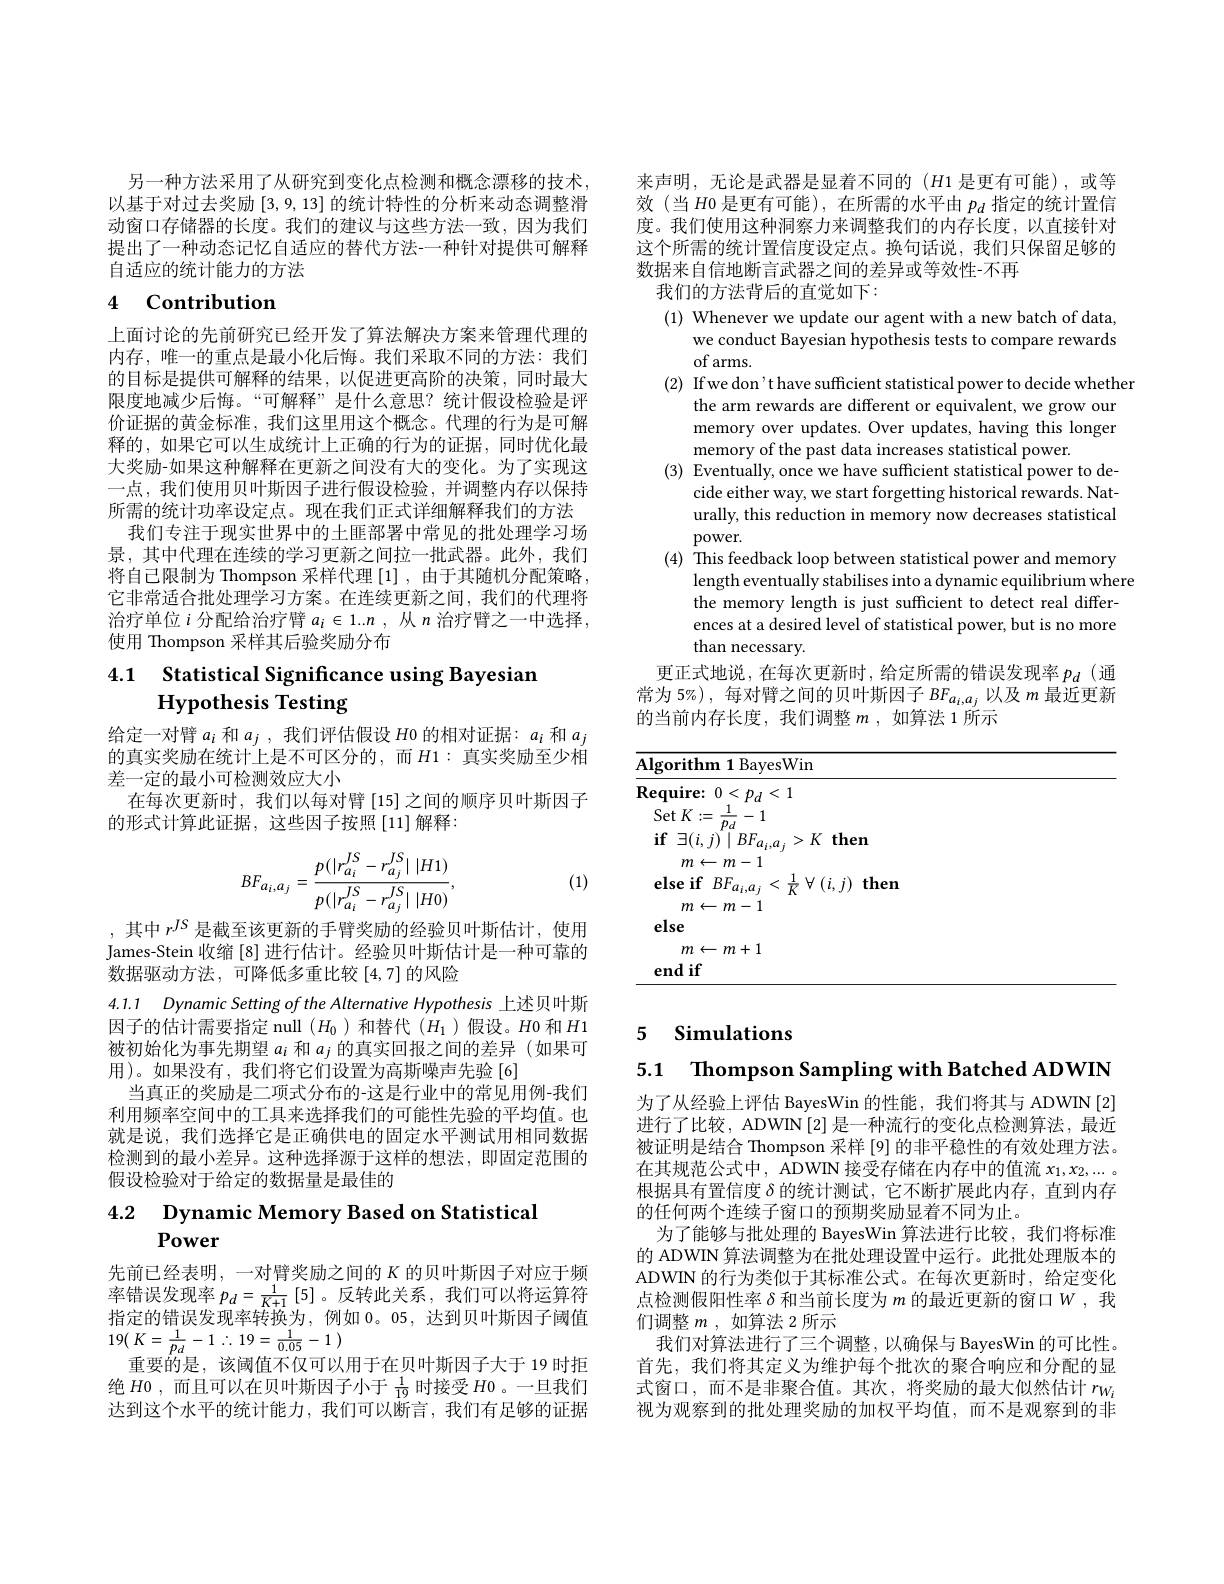
另一种方法采用了从研究到变化点检测和概念漂移的技术， 以基于对过去奖励[3,9,13]的统计特性的分析来动态调整滑动窗口存储器的长度。我们的建议与这些方法一致，因为我们提出了一种动态记忆自适应的替代方法-一种针对提供可解释自适应的统计能力的方法

# 4 Contribution

上面讨论的先前研究已经开发了算法解决方案来管理代理的内存，唯一的重点是最小化后悔。我们采取不同的方法：我们的目标是提供可解释的结果，以促进更高阶的决策，同时最大限度地减少后悔。“可解释”是什么意思？统计假设检验是评价证据的黄金标准，我们这里用这个概念。代理的行为是可解释的，如果它可以生成统计上正确的行为的证据，同时优化最大奖励-如果这种解释在更新之间没有大的变化。为了实现这一点，我们使用贝叶斯因子进行假设检验，并调整内存以保持所需的统计功率设定点。现在我们正式详细解释我们的方法
我们专注于现实世界中的土匪部署中常见的批处理学习场景，其中代理在连续的学习更新之间拉一批武器。此外，我们将自己限制为 Thompson 采样代理[1],由于其随机分配策略， 它非常适合批处理学习方案。在连续更新之间，我们的代理将治疗单位$i$分配给治疗臂$a_i\in 1. . n$ , 从 $n$治疗臂之一中选择， 使用 Thompson 采样其后验奖励分布

# 4.1 Statistical Significance using Bayesian Hypothesis Testing

给定一对臂$a_i$和$a_j$,我们评估假设$H$0 的相对证据：$a_i$和$a_j$ 的真实奖励在统计上是不可区分的，而$H1:$真实奖励至少相差一定的最小可检测效应大小
在每次更新时，我们以每对臂[15]之间的顺序贝叶斯因子
的形式计算此证据，这些因子按照[11]解释：
$$BF_{a_i,a_j}=\frac{p(|r_{a_i}^{JS}-r_{a_j}^{JS}|\:|H1)}{p(|r_{a_i}^{JS}-r_{a_j}^{JS}|\:|H0)},$$
(1)

,其中$r^{JS}$是截至该更新的手臂奖励的经验贝叶斯估计，使用James-Stein 收缩 [8] 进行估计。经验贝叶斯估计是一种可靠的数据驱动方法，可降低多重比较[4,7]的风险

4.1.1 Dynamic Setting of the Alternative Hypothesis 上述贝叶斯因子的估计需要指定 null $(H_0)$和替代$(H_1)$假设。$H$0 和$H$1

被初始化为事先期望$a_i$和$a_j$的真实回报之间的差异 (如果可
用)。如果没有，我们将它们设置为高斯噪声先验[6]
当真正的奖励是二项式分布的-这是行业中的常见用例-我们利用频率空间中的工具来选择我们的可能性先验的平均值。也就是说，我们选择它是正确供电的固定水平测试用相同数据检测到的最小差异。这种选择源于这样的想法，即固定范围的假设检验对于给定的数据量是最佳的

# $\begin{array}{cc}{4.2}&{\textbf{Dynamic Memory Based on Statistical}}\\{\textbf{Power}}\end{array}$

先前已经表明，一对臂奖励之间的$K$ 的贝叶斯因子对应于频率错误发现率$p_d=\frac1{K+1}\left[5\right]$。反转此关系，我们可以将运算符指定的错误发现率转换为，例如0。05,达到贝叶斯因子阈值19( $K= \frac 1{p_{d}}- 1$ $\therefore$ $19= \frac 1{0. 05}- 1$ )
重要的是，该阈值不仅可以用于在贝叶斯因子大于 19 时拒绝$H$0,而且可以在贝叶斯因子小于$\frac1{19}$时接受$H$0 。一旦我们达到这个水平的统计能力，我们可以断言，我们有足够的证据

来声明，无论是武器是显着不同的($H$1 是更有可能),或等效(当$H$0 是更有可能),在所需的水平由 $p_d$ 指定的统计置信度。我们使用这种洞察力来调整我们的内存长度，以直接针对这个所需的统计置信度设定点。换句话说，我们只保留足够的数据来自信地断言武器之间的差异或等效性-不再
我们的方法背后的直觉如下：
(1) Whenever we update our agent with a new batch of data,
we conduct Bayesian hypothesis tests to compare rewards
of arms.
(2) Ifwe don't have sufficient statistical power to decide whether
the arm rewards are different or equivalent, we grow our memory over updates. Over updates, having this longer memory of the past data increases statistical power.
(3) Eventually, once we have sufficient statistical power to de-
cide either way, we start forgetting historical rewards. Naturally, this reduction in memory now decreases statistical power.
(4) This feedback loop between statistical power and memory
length eventually stabilises into a dynamic equilibrium where
the memory length is just sufficient to detect real differences at a desired level of statistical power, but is no more than necessary.
更正式地说，在每次更新时，给定所需的错误发现率$p_d$(通常为 5%), 每对臂之间的贝叶斯因子$BF_{a_i,a_j}$以及$m$最近更新的当前内存长度，我们调整$m$ ,如算法 1 所示

<table>
	<tbody>
		<tr>
			<th>$Al_{\mathrm{i}}$</th>
			<th>$\mathbf{Algorithm1}$BayesWin</th>
			<th> </th>
		</tr>
		<tr>
			<td>$Re$</td>
			<td>$\mathbf{Require:~0<p_{d}<1}$</td>
			<td> </td>
		</tr>
		<tr>
			<td> </td>
			<td>$m\leftarrow m+1$ $\mathbf{endif}$</td>
			<td> </td>
		</tr>
		<tr>
			<td> </td>
			<td>$\mathbf{endif}$</td>
			<td> </td>
		</tr>
	</tbody>
</table>

### 5 Simulations

5.1 $\textbf{Thompson Sampling with Batched ADWIN}$

为了从经验上评估 BayesWin 的性能，我们将其与 ADWIN[2] 进行了比较，ADWIN[2] 是一种流行的变化点检测算法，最近被证明是结合 Thompson 采样 [9] 的非平稳性的有效处理方法。在其规范公式中，ADWIN 接受存储在内存中的值流$x_1,x_2,\ldots$ 根据具有置信度$\delta$的统计测试，它不断扩展此内存，直到内存的任何两个连续子窗口的预期奖励显着不同为止。
为了能够与批处理的 BayesWin 算法进行比较，我们将标准的 ADWIN 算法调整为在批处理设置中运行。此批处理版本的ADWIN 的行为类似于其标准公式。在每次更新时，给定变化点检测假阳性率$\delta$和当前长度为$m$的最近更新的窗口$W$ ,我们调整$m$,如算法 2 所示
我们对算法进行了三个调整，以确保与 BayesWin 的可比性。首先，我们将其定义为维护每个批次的聚合响应和分配的显式窗口，而不是非聚合值。其次，将奖励的最大似然估计$r_{W_i}$ 视为观察到的批处理奖励的加权平均值，而不是观察到的非